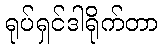
ရုပ်ရှင်ဒါရိုက်တာ